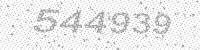
Solution: 544939